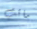
ماتت